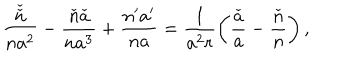
\frac { \check { \check { n } } } { n a ^ { 2 } } - \frac { \check { n } \check { a } } { n a ^ { 3 } } + \frac { n ^ { \prime } a ^ { \prime } } { n a } = \frac { 1 } { a ^ { 2 } r } \left( \frac { \check { a } } { a } - \frac { \check { n } } { n } \right) ,